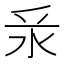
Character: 𣲛